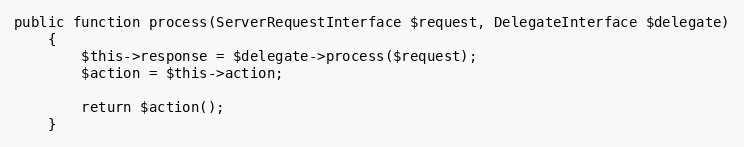
Language: PHP
public function process(ServerRequestInterface $request, DelegateInterface $delegate)
    {
        $this->response = $delegate->process($request);
        $action = $this->action;

        return $action();
    }